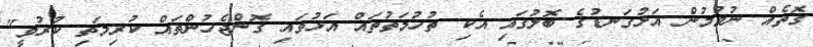
ގޮތެއް ނުވުމުން އަޅުގަނޑުގެ ބޮލުގައި އެކި ތުހުމަތުތައް އަޅުވައި ގޮންޖެހުންތައް ކުރިމަތި ކުރުވީ"